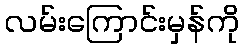
လမ်းကြောင်းမှန်ကို